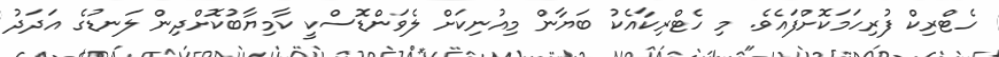
ހެޓްރިކް ފުރިހަމަކޮށްފައެވެ. މި ހެޓްރިކާއެކު ބަޔާން މިއުނިކަށް ލެވަންޑޮސްކީ ކާމިޔާބުކޮށްދިން ލަނޑުގެ އަދަދު